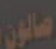
صالون